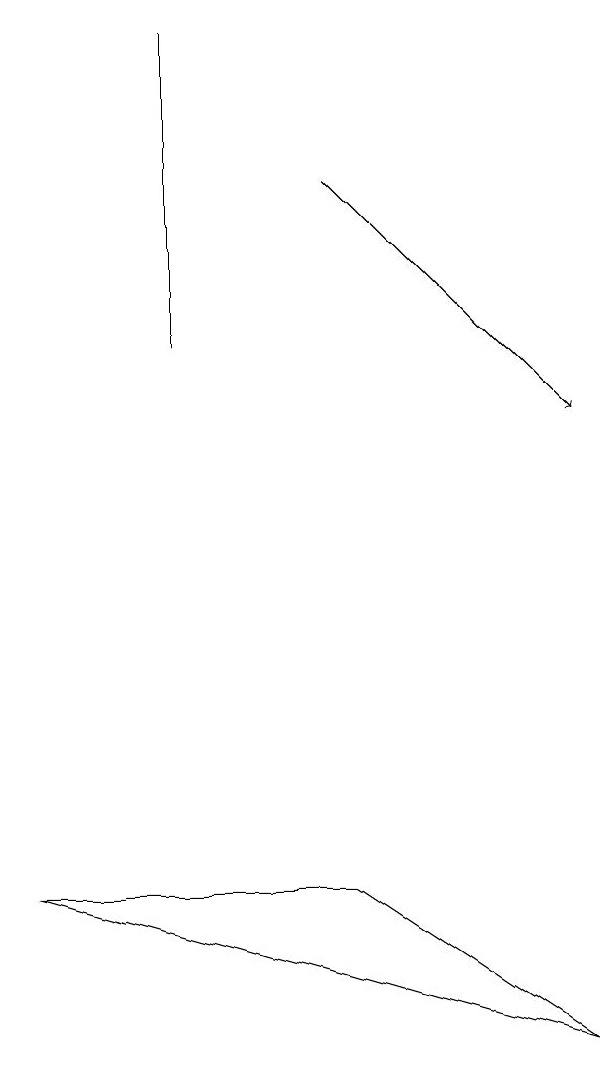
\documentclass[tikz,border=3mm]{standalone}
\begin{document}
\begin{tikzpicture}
\draw[->] (4,15) -- (7,12);
\draw (0,6) -- (7,4) -- (4,6) -- cycle;
\draw (2,17) rectangle (2,13);
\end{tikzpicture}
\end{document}